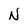
Character: N